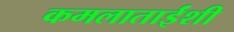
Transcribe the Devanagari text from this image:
कमलाताईंशी